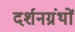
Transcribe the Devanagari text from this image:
दर्शनग्रंथों